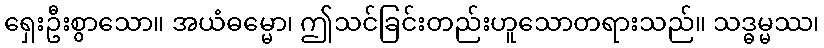
ရှေးဦးစွာသော။ အယံဓမ္မော၊ ဤသင်ခြင်းတည်းဟူသောတရားသည်။ သဒ္ဓမ္မဿ၊